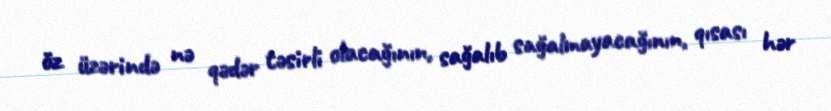
öz üzərində nə qədər təsirli olacağının, sağalıb sağalmayacağının, qısası hər